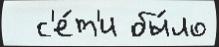
  с'е́т'и бы́ло